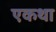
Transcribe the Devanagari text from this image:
एकथा